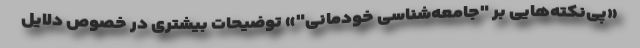
«پی‌نکته‌هایی بر "جامعه‌شناسی خودمانی"» توضیحات بیشتری در خصوص دلایل